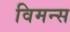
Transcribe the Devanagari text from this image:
विमन्स